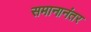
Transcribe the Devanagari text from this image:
समानानंतर